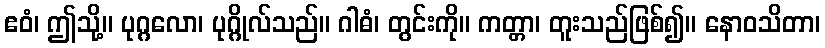
ဧဝံ၊ ဤသို့။ ပုဂ္ဂလော၊ ပုဂ္ဂိုလ်သည်။ ဂါဓံ၊ တွင်းကို။ ကတ္တာ၊ တူးသည်ဖြစ်၍။ နောဝသိတာ၊